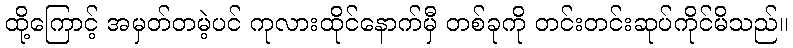
ထို့ကြောင့် အမှတ်တမဲ့ပင် ကုလားထိုင်နောက်မှီ တစ်ခုကို တင်းတင်းဆုပ်ကိုင်မိသည်။